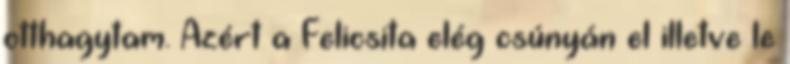
otthagytam. Azért a Felicsita elég csúnyán el illetve le